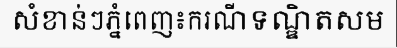
សំខាន់ៗភ្នំពេញ៖ករណីទណ្ឌិតសម